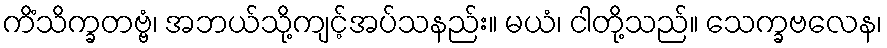
ကိံသိက္ခတဗ္ဗံ၊ အဘယ်သို့ကျင့်အပ်သနည်း။ မယံ၊ ငါတို့သည်။ သေက္ခဗလေန၊